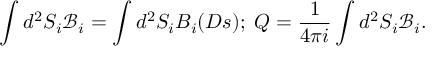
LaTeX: \int d ^ { 2 } S _ { i } { \mathcal { B } } _ { i } = \int d ^ { 2 } S _ { i } B _ { i } ( D s ) ; \; Q = \frac { 1 } { 4 \pi i } \int d ^ { 2 } S _ { i } { \mathcal { B } } _ { i } .